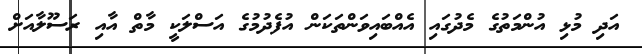
އަދި މުޅި އުންމަތުގެ މެދުގައި އެއްބައިވަންތަކަން އުފެދުމުގެ އަސްލަކީ މާތް އާއި ރަސޫލާއަށް